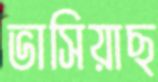
ভাসিয়াছ